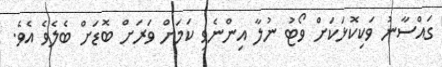
ގައްސާނު ވަކިކޮޅަކަށް ވޯޓު ނުލާ އިންނެވި ކަމަށް ވަރަށް ބޮޑަށް ބެލެވެ އެވެ.